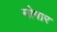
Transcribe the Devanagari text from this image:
मोगार